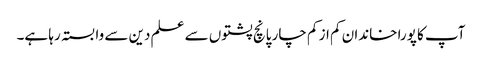
آپ کا پورا خاندان کم از کم چار پانچ پشتوں سے علم دین سے وابستہ رہا ہے۔